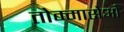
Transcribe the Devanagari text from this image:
तोम्मासेओ